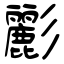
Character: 彲